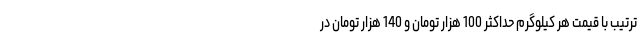
ترتیب با قیمت هر کیلوگرم حداکثر 100 هزار تومان و 140 هزار تومان در